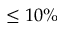
\leq 1 0 \%